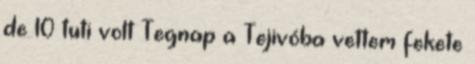
de 10 tuti volt Tegnap a Tejivóba vettem fekete